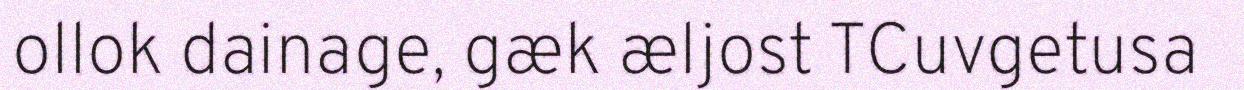
ollok dainage, gæk æljost TCuvgetusa